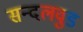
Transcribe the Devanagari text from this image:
सन्दलवुड